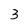
Character: 3